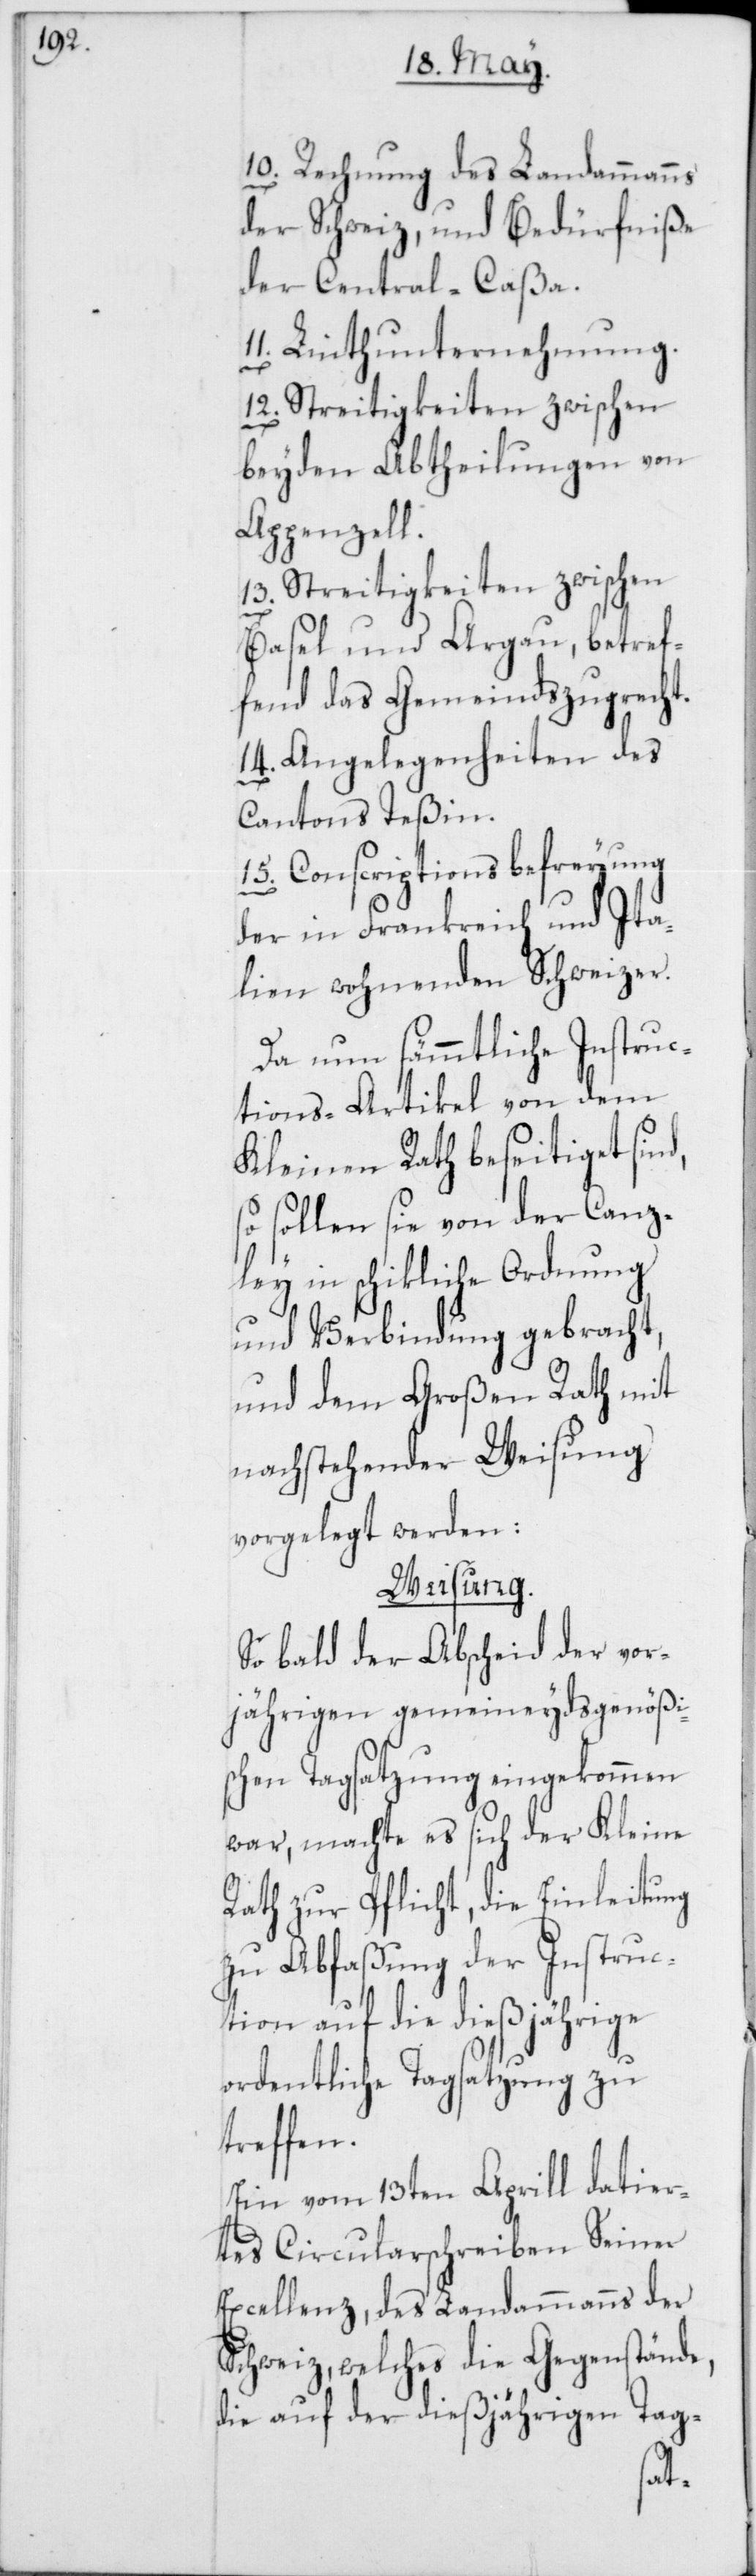
10. Rechnung des Landammanns
der Schweiz, und Bedürfniße
der Central-Caßa.
11. Linthunternehmung.
12. Streitigkeiten zwischen
beyden Abtheilungen von
Appenzell.
13. Streitigkeiten zwischen
Basel und Argau, betref¬
fend das Gemeindszugrecht.
14. Angelegenheiten des
Cantons Teßin.
15. Conscriptionsbefreyung
der in Frankreich und Ita¬
lien wohnenden Schweizer.
Da nun sämmtliche Instruc¬
tions-Artikel von dem
Kleinen Rath beseitiget sin¬
so sollen sie von der Canz¬
ley in schikliche Ordnung
und Verbindung gebracht,
und dem Großen Rath mit
nachstehender Weisung
vorgelegt werden.
Weisung.
So bald der Abscheid der vor¬
jährigen gemeineydsgenößi¬
schen Tagsatzung eingekommen
war, machte es sich der Kleine
Rath zur Pflicht, die Einleitung
zu Abfaßung der Instruc¬
tion auf die dießjährige
ordentliche Tagsatzung zu
treffen.
Ein vom 13ten Aprill datier¬
tes Circularschreiben Seiner
Excellenz, des Landammanns der
Schweiz, welches die Gegenstände,
die auf der dießjährigen Tag-
d,